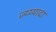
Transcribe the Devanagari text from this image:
ज्य्य्यादा